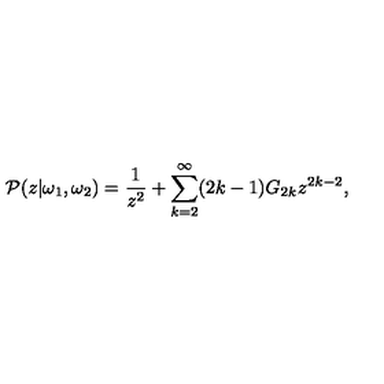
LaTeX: { \cal P } ( z | \omega _ { 1 } , \omega _ { 2 } ) = \frac { 1 } { z ^ { 2 } } + \sum _ { k = 2 } ^ { \infty } ( 2 k - 1 ) G _ { 2 k } z ^ { 2 k - 2 } ,